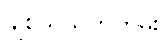
ချစ်သူသက်တမ်း